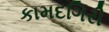
કામદગિરી